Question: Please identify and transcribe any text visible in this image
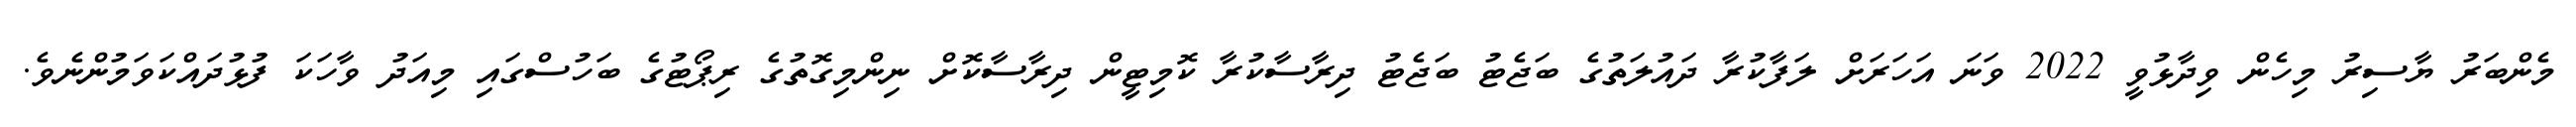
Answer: މެންބަރު ޔާސިރު މިހެން ވިދާޅުވީ 2022 ވަނަ އަހަރަށް ލަފާކުރާ ދައުލަތުގެ ބަޖެޓު ބަޖެޓު ދިރާސާކުރާ ކޮމިޓީން ދިރާސާކޮށް ނިންމިގޮތުގެ ރިޕޯޓުގެ ބަހުސްގައި މިއަދު ވާހަކަ ފުޅުދައްކަވަމުންނެވެ.